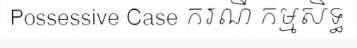
Possessive Case ករណី កម្មសិទ្ធ